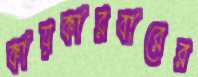
কায়কারবারের